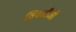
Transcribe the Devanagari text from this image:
तिवारीजी